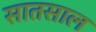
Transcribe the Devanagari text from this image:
सातसाल